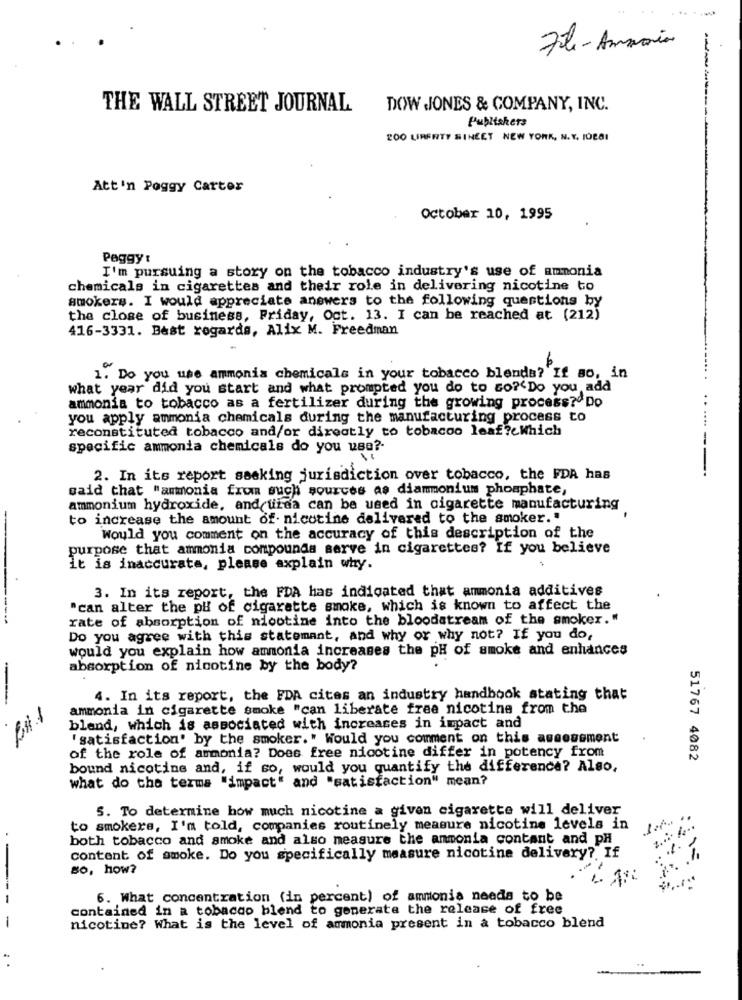
-
File- Ammain
THE WALL STREET JOURNAL
DOW JONES & COMPANY, INC.
Publishers
LOO UIRERTY SINEET NEW YORK, N.Y. POEGI
Att'n Poggy Carter
October 10, 1995
Peggy :
I'm pursuing a story on the tobacco industry's use of ammonia
chemicals in cigarettes and their role in delivering nicotine to
smokers. I would appreciate answers to the following questions by
the close of business, Friday, Oct. 13. I can be reached at (212)
416-3331. Best regards, Alix M. Freedman
1. Do you use ammonia chemicals in your tobacco blends? If so, in
what year did you start and what prompted you do to Go?'Do you, add
. .
ammonia to tobacco as a fertilizer during the growing process? Do
you apply ammonia chemicals during the manufacturing process to
reconstituted tobacco and/or directly to tobacco leaf?eWhich
....
specific ammonia chemicals do you use ?-
2. In its report seeking jurisdiction over tobacco, the FDA has
said that "ammonia from such sources as diammonium phosphate,
ammonium hydroxide, andcuida can be used in cigarette manufacturing
to increase the amount of. nicotine delivered to the smoker."
Would you comment on the accuracy of this description of the
purpose that ammonia compounds serve in cigarettes? If you believe
It is inaccurate, please explain why.
3. In its report, the FDA has indicated that ammonia additives
"can alter the py of cigarette smoke, which is known to affect the
rate of absorption of nicotine into the bloodstream of the smoker."
Do you agree with this statemant, and why or why not? If you do,
would you explain how ammonia increases the pH of smoke and enhances
absorption of nicotine by the body?
4. In its report, the FDA cites an industry handbook stating that
ammonia in cigarette smoke "can liberate free nicotine from the
blend, which is associated with increases in impact and
"satisfaction' by the smoker." Would you comment on this assessment
of the role of armonia? Does free nicotine differ in potency from
51767 4082
bound nicotine and, if so, would you quantify the difference? Also,
what do the terms "impact" and "satisfaction" mean?
5. To determine how much nicotine a given cigarette will deliver
1.r.
to smokere, I'm told, companies routinely measure nicotine levels in
both tobacco and smoke and also measure the ammonia contant and pH
content of smoke. Do you specifically measure nicotine delivery? If
so, how?
6. What concentration (in percent) of ammonia needs to be
contained in a tobacco blend to generate the release of free
-
nicotine? What is the level of ammonia present in a tobacco blend